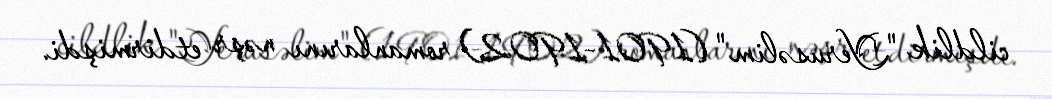
cildlik "Yerusəlim" (1901-1902) romanlarını nəşr etdirmişdi.